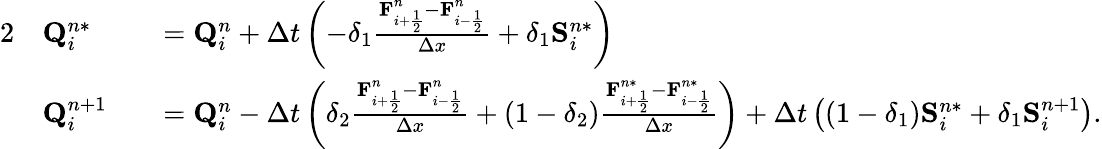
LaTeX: \begin{array}{rlrl}{{2}}&{\mathbf{Q}_{i}^{n*}}&&{=\mathbf{Q}_{i}^{n}+\Delta t\left(-\delta_{1}\frac{\mathbf{F}_{i+\frac{1}{2}}^{n}-\mathbf{F}_{i-\frac{1}{2}}^{n}}{\Delta x}+\delta_{1}\mathbf{S}_{i}^{n*}\right)}\\ &{\mathbf{Q}_{i}^{n+1}}&&{=\mathbf{Q}_{i}^{n}-\Delta t\left(\delta_{2}\frac{\mathbf{F}_{i+\frac{1}{2}}^{n}-\mathbf{F}_{i-\frac{1}{2}}^{n}}{\Delta x}+(1-\delta_{2})\frac{\mathbf{F}_{i+\frac{1}{2}}^{n*}-\mathbf{F}_{i-\frac{1}{2}}^{n*}}{\Delta x}\right)+\Delta t\left((1-\delta_{1})\mathbf{S}_{i}^{n*}+\delta_{1}\mathbf{S}_{i}^{n+1}\right).}\end{array}